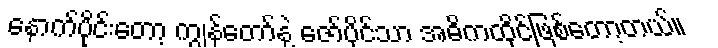
နောက်ပိုင်းတော့ ကျွန်တော်နဲ့ ဇော်ပိုင်သာ အဓိကထိုင်ဖြစ်တော့တယ်။